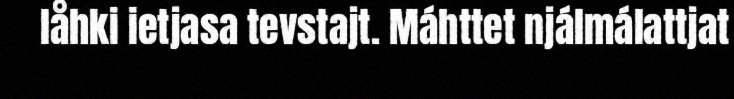
låhki ietjasa tevstajt. Máhttet njálmálattjat